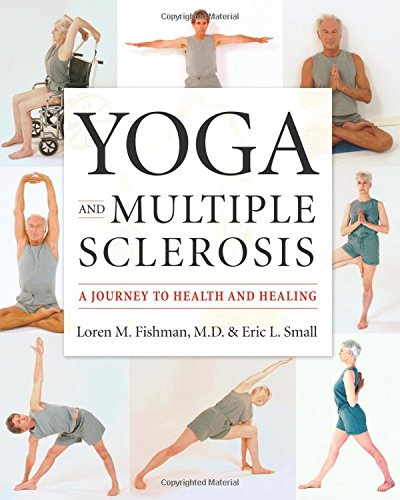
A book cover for Yoga and Multiple Sclerosis; Loren M. Fishman MD; Health, Fitness & Dieting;